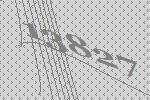
13827